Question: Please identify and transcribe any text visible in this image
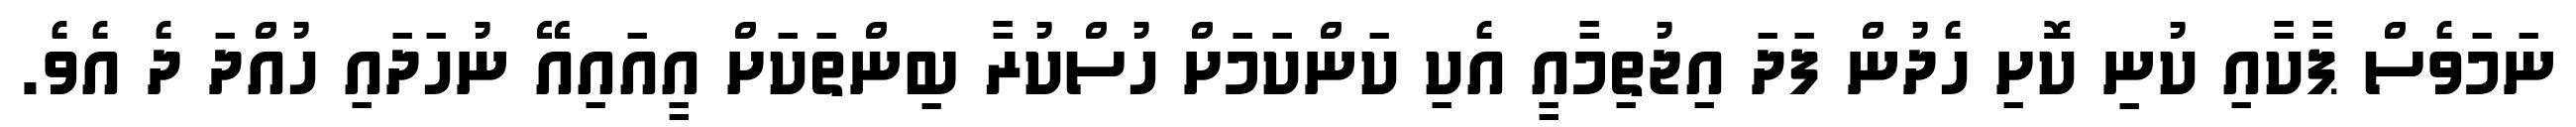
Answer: ނަމަވެސް ޕާކާއި ކުނި ކޮށި ހެދުން ފަދަ އިޖުތިމާއީ އެކި ކަންކަމަށް ހުސްކުރާ ބިންތަކަށް އީއައިއޭ ނުހަދައި ހުއްދަ ދެ އެވެ.